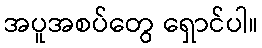
အပူအစပ်တွေ ရှောင်ပါ။